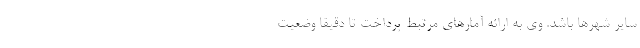
سایر شهرها باشد. وی به ارائه آمارهای مرتبط پرداخت تا دقیقا وضعیت